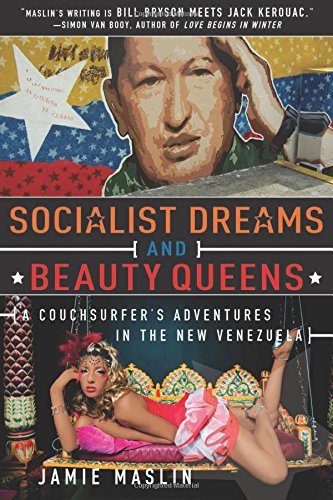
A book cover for Socialist Dreams and Beauty Queens: A CouchsurferEEs Adventures in the New Venezuela; Jamie Maslin; Travel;